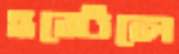
হস্টেলে